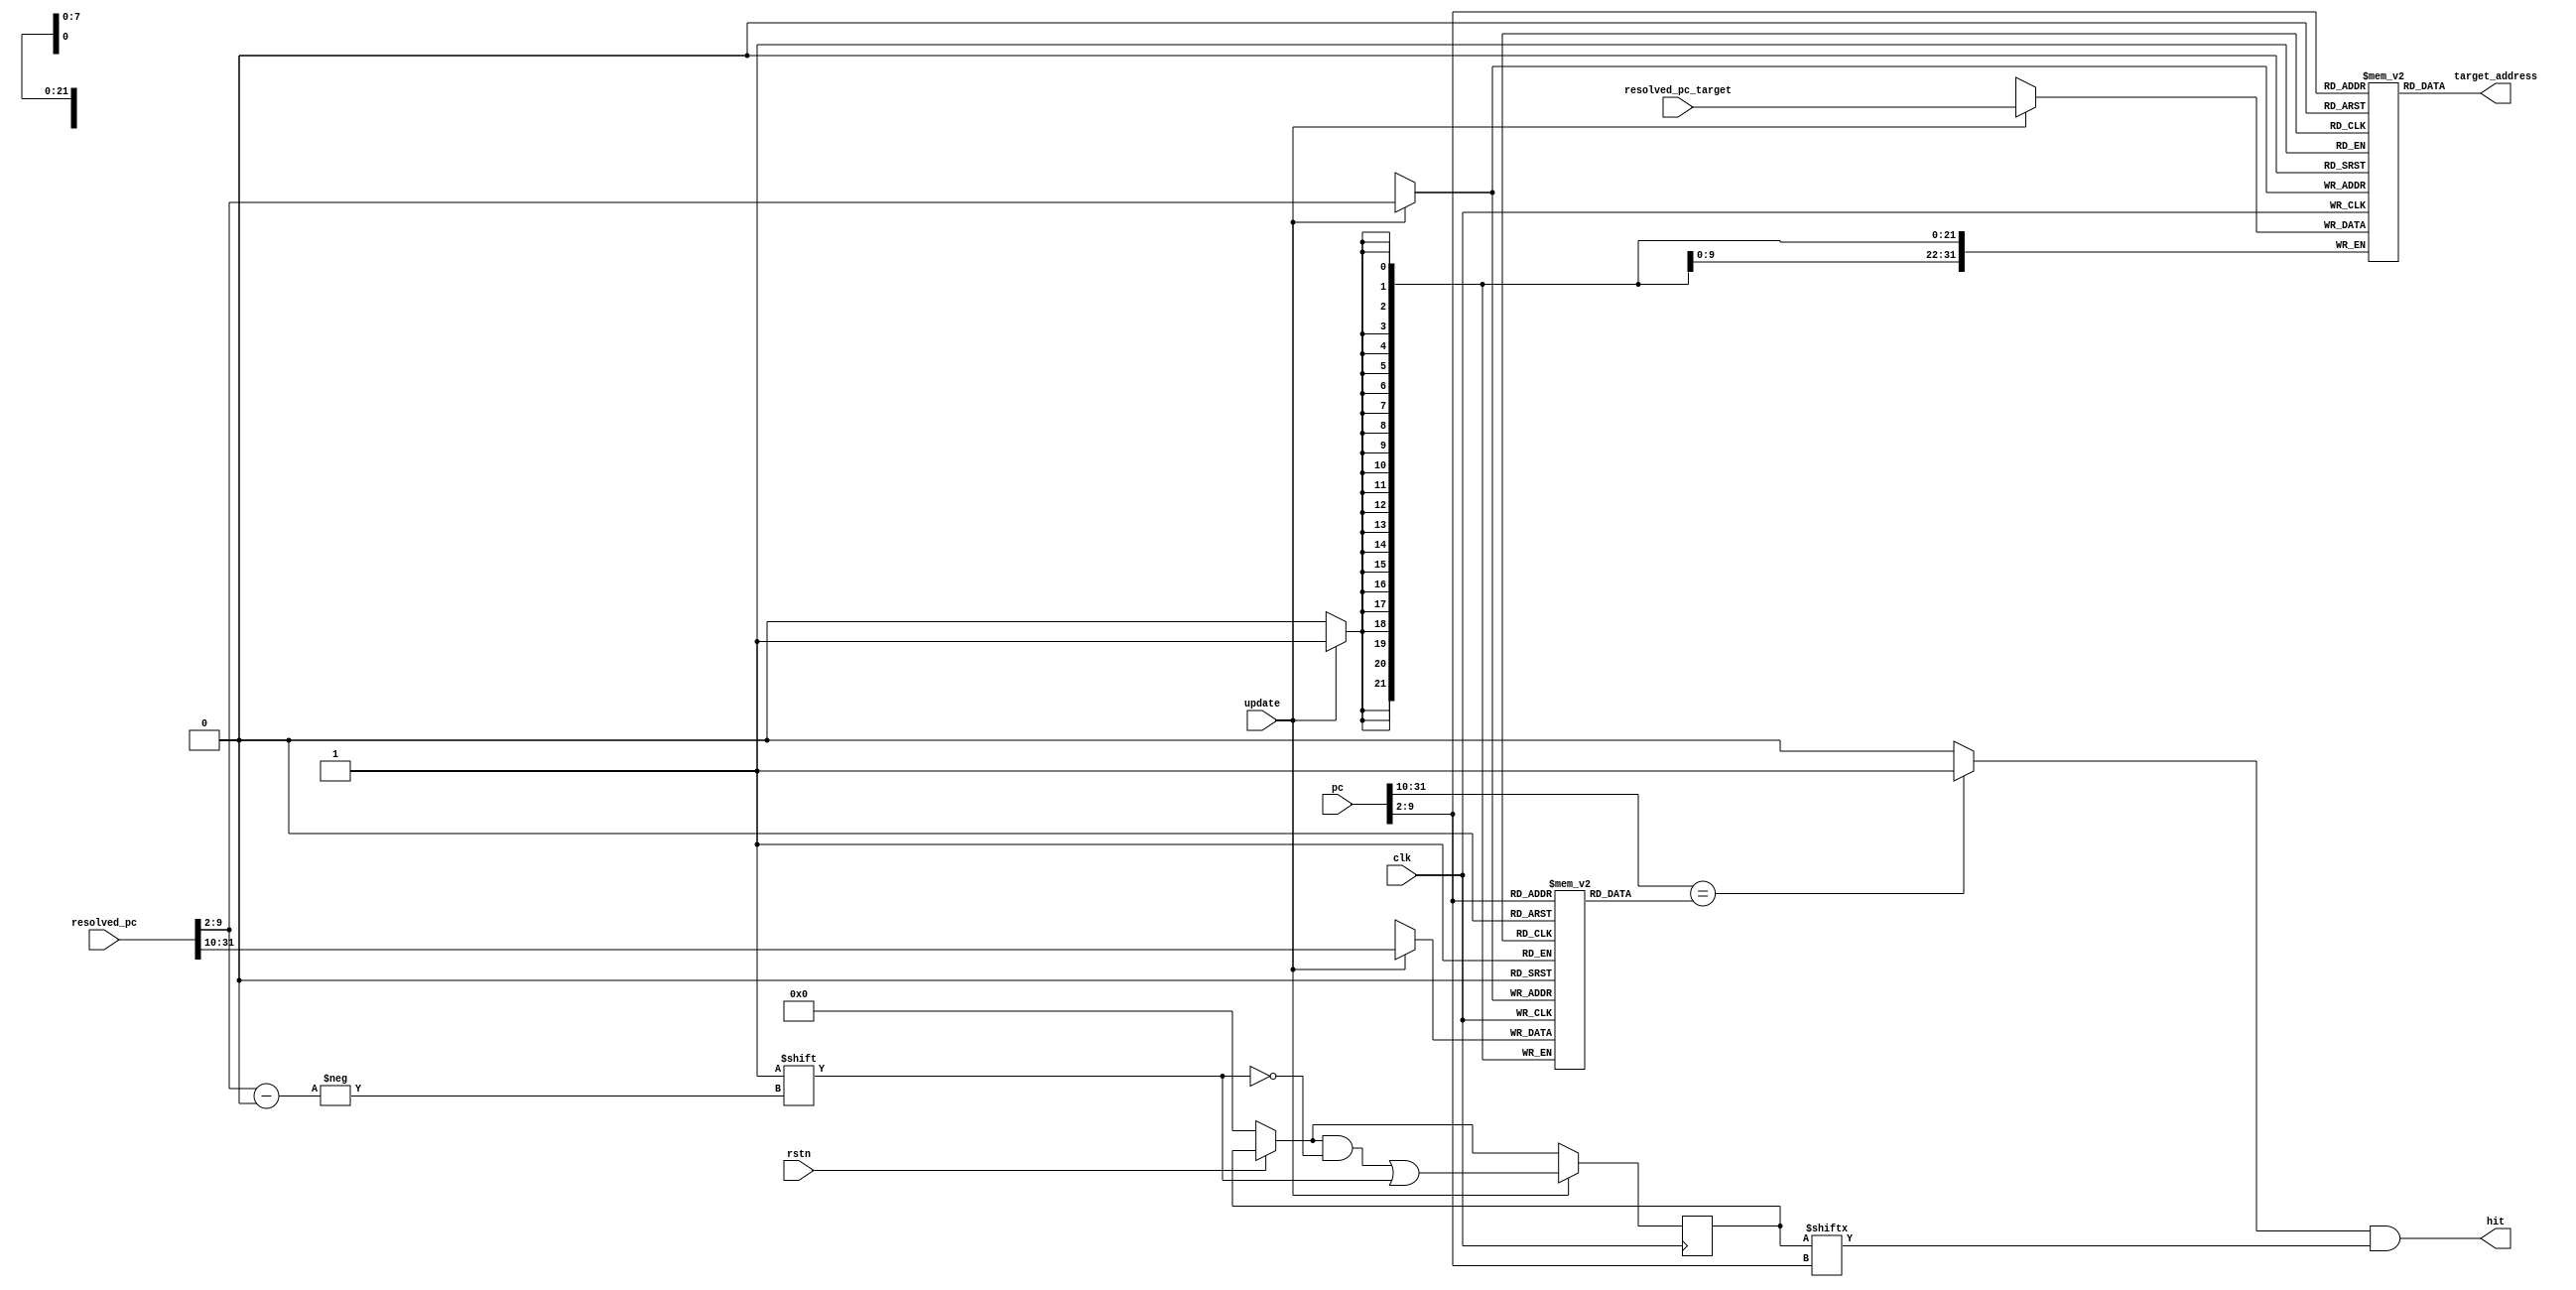
// branch_target_buffer.v

/* The branch target buffer (BTB) stores the branch target address for
 * a branch PC. Our BTB is essentially a direct-mapped cache.
 */

module branch_target_buffer #(
  parameter DATA_WIDTH = 32,
  parameter NUM_ENTRIES = 256,
	parameter BHR_WIDTH = 8,
  parameter TAG_WIDTH = 22 // 30 - BHR_WIDTH
) (
  input clk,
  input rstn,

  // update interface
  input update,                              // when 'update' is true, we update the BTB entry
  input [DATA_WIDTH-1:0] resolved_pc,
  input [DATA_WIDTH-1:0] resolved_pc_target,

  // access interface
  input [DATA_WIDTH-1:0] pc,

  output reg hit,
  output reg [DATA_WIDTH-1:0] target_address
);

// define tag_table, branch target, valid bit
reg [TAG_WIDTH-1:0] tag_table [NUM_ENTRIES-1:0];
reg [DATA_WIDTH-1:0] target_buffer [NUM_ENTRIES-1:0];
reg [NUM_ENTRIES-1:0] valid;

// hash PC into tag and BTB index
wire [TAG_WIDTH-1:0] current_tag = pc[DATA_WIDTH-1 : DATA_WIDTH - TAG_WIDTH];
wire [TAG_WIDTH-1:0] resolved_tag = resolved_pc[DATA_WIDTH-1 : DATA_WIDTH - TAG_WIDTH];
wire [BHR_WIDTH-1:0] current_index = pc[BHR_WIDTH+1:2];
wire [BHR_WIDTH-1:0] resolved_index = resolved_pc[BHR_WIDTH+1:2];

// check signal: does the tag of pc match to the tag in the table?
wire tag_matched = (current_tag == tag_table[current_index]) ? 1:0;


always @(posedge clk) begin
	// reset
	if (!rstn) begin
		valid <= 0;
	end

	// update
	if (update) begin
		tag_table[resolved_index] <= resolved_tag;
		valid[resolved_index] <= 1;
		target_buffer[resolved_index] <= resolved_pc_target;
	end
end

always @(*) begin
	// access
	hit = tag_matched & valid[current_index];
	target_address = target_buffer[current_index];
end

endmodule